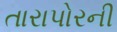
તારાપોરની